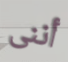
أننى